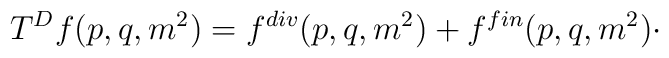
T^{D}f(p,q,m^{2})=f^{div}(p,q,m^{2})+f^{fin}(p,q,m^{2})\cdot